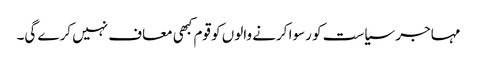
مہاجر سیاست کو رسوا کرنے والوں کو قوم کبھی معاف نہیں کرے گی۔